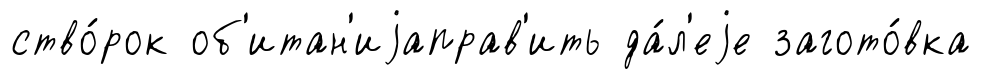
ство́рок об'итан'иjаправ'ить да́л'еjе загото́вка